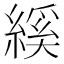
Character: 縘